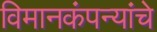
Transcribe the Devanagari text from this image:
विमानकंपन्यांचे